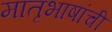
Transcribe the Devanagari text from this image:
मातृभाषांची